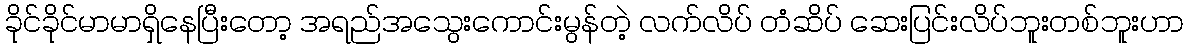
ခိုင်ခိုင်မာမာရှိနေပြီးတော့ အရည်အသွေးကောင်းမွန်တဲ့ လက်လိပ် တံဆိပ် ဆေးပြင်းလိပ်ဘူးတစ်ဘူးဟာ